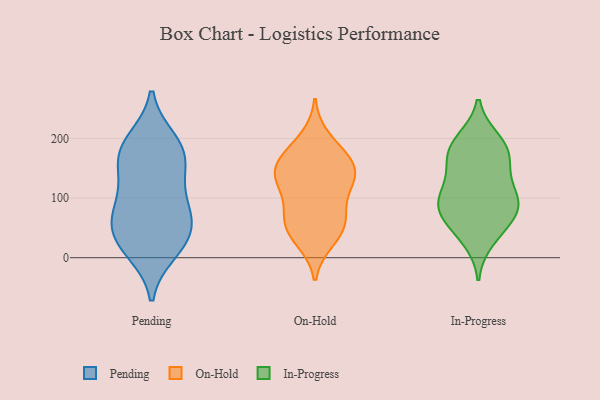
{"axis": {"x": "Headcount", "y": "Value"}, "legend": ["In-Progress", "On-Hold", "Pending"], "data": [{"x": "", "y": 95, "type": "Pending"}, {"x": "", "y": 127, "type": "Pending"}, {"x": "", "y": 65, "type": "Pending"}, {"x": "", "y": 184, "type": "Pending"}, {"x": "", "y": 18, "type": "Pending"}, {"x": "", "y": 80, "type": "Pending"}, {"x": "", "y": 38, "type": "Pending"}, {"x": "", "y": 35, "type": "Pending"}, {"x": "", "y": 159, "type": "Pending"}, {"x": "", "y": 185, "type": "Pending"}, {"x": "", "y": 65, "type": "Pending"}, {"x": "", "y": 11, "type": "Pending"}, {"x": "", "y": 196, "type": "Pending"}, {"x": "", "y": 160, "type": "Pending"}, {"x": "", "y": 200, "type": "On-Hold"}, {"x": "", "y": 29, "type": "On-Hold"}, {"x": "", "y": 164, "type": "On-Hold"}, {"x": "", "y": 146, "type": "On-Hold"}, {"x": "", "y": 80, "type": "On-Hold"}, {"x": "", "y": 166, "type": "On-Hold"}, {"x": "", "y": 124, "type": "On-Hold"}, {"x": "", "y": 51, "type": "On-Hold"}, {"x": "", "y": 73, "type": "On-Hold"}, {"x": "", "y": 131, "type": "On-Hold"}, {"x": "", "y": 171, "type": "On-Hold"}, {"x": "", "y": 61, "type": "On-Hold"}, {"x": "", "y": 135, "type": "On-Hold"}, {"x": "", "y": 39, "type": "On-Hold"}, {"x": "", "y": 127, "type": "On-Hold"}, {"x": "", "y": 156, "type": "In-Progress"}, {"x": "", "y": 86, "type": "In-Progress"}, {"x": "", "y": 181, "type": "In-Progress"}, {"x": "", "y": 58, "type": "In-Progress"}, {"x": "", "y": 90, "type": "In-Progress"}, {"x": "", "y": 57, "type": "In-Progress"}, {"x": "", "y": 190, "type": "In-Progress"}, {"x": "", "y": 169, "type": "In-Progress"}, {"x": "", "y": 95, "type": "In-Progress"}, {"x": "", "y": 30, "type": "In-Progress"}, {"x": "", "y": 135, "type": "In-Progress"}, {"x": "", "y": 91, "type": "In-Progress"}, {"x": "", "y": 105, "type": "In-Progress"}, {"x": "", "y": 197, "type": "In-Progress"}]}